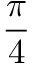
\frac { \pi } { 4 }